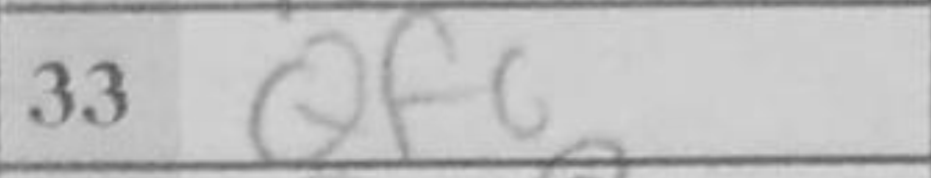
Transcription: Qf6